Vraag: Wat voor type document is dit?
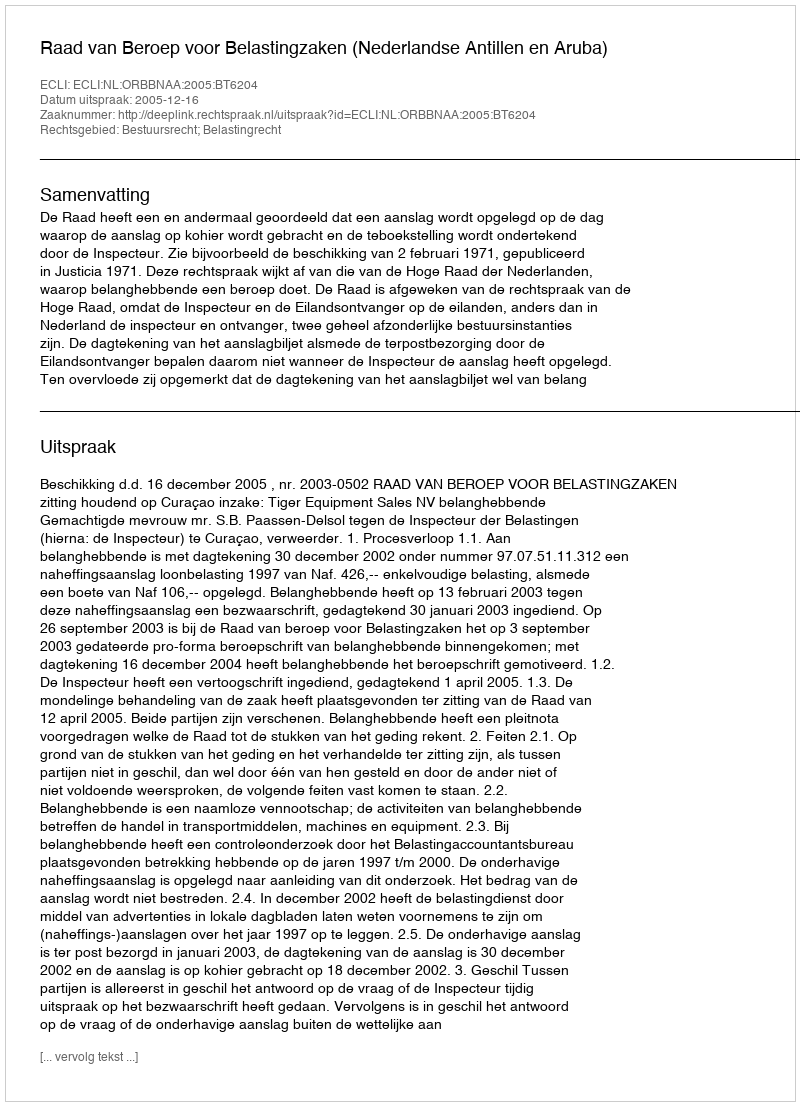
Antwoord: Uitspraak